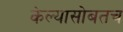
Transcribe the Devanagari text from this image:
केल्यासोबतच